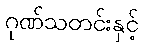
ဂုဏ်သတင်းနှင့်